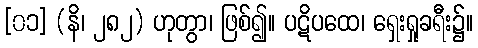
[၀၁] (နိ၊ ၂၈၂) ဟုတွာ၊ ဖြစ်၍။ ပဋိပထေ၊ ရှေးရှုခရီး၌။